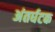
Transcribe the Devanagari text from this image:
अंतर्घटक